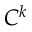
C ^ { k }